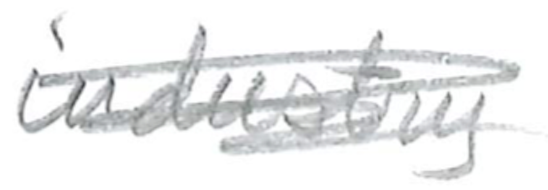
Text: industry
Cross-out: scratch
Writing tool: pencil